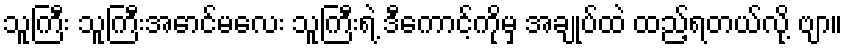
သူကြီး သူကြီးအောင်မလေး သူကြီးရဲ့ ဒီကောင့်ကိုမှ အချုပ်ထဲ ထည့်ရတယ်လို့ ဗျာ။